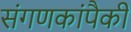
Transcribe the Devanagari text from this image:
संगणकांपैकी